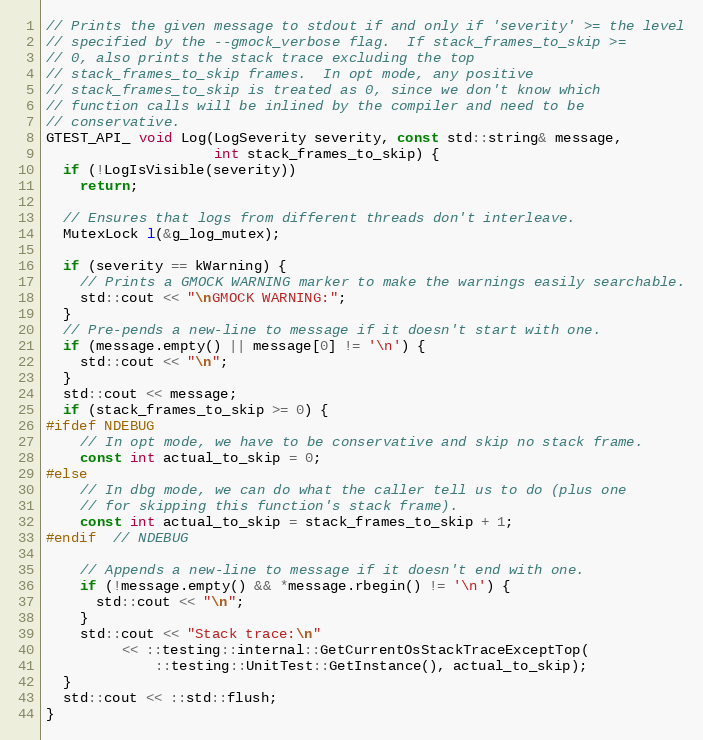
Language: C++
// Prints the given message to stdout if and only if 'severity' >= the level
// specified by the --gmock_verbose flag.  If stack_frames_to_skip >=
// 0, also prints the stack trace excluding the top
// stack_frames_to_skip frames.  In opt mode, any positive
// stack_frames_to_skip is treated as 0, since we don't know which
// function calls will be inlined by the compiler and need to be
// conservative.
GTEST_API_ void Log(LogSeverity severity, const std::string& message,
                    int stack_frames_to_skip) {
  if (!LogIsVisible(severity))
    return;

  // Ensures that logs from different threads don't interleave.
  MutexLock l(&g_log_mutex);

  if (severity == kWarning) {
    // Prints a GMOCK WARNING marker to make the warnings easily searchable.
    std::cout << "\nGMOCK WARNING:";
  }
  // Pre-pends a new-line to message if it doesn't start with one.
  if (message.empty() || message[0] != '\n') {
    std::cout << "\n";
  }
  std::cout << message;
  if (stack_frames_to_skip >= 0) {
#ifdef NDEBUG
    // In opt mode, we have to be conservative and skip no stack frame.
    const int actual_to_skip = 0;
#else
    // In dbg mode, we can do what the caller tell us to do (plus one
    // for skipping this function's stack frame).
    const int actual_to_skip = stack_frames_to_skip + 1;
#endif  // NDEBUG

    // Appends a new-line to message if it doesn't end with one.
    if (!message.empty() && *message.rbegin() != '\n') {
      std::cout << "\n";
    }
    std::cout << "Stack trace:\n"
         << ::testing::internal::GetCurrentOsStackTraceExceptTop(
             ::testing::UnitTest::GetInstance(), actual_to_skip);
  }
  std::cout << ::std::flush;
}